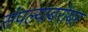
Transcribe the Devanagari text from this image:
संपल्याबरोबर